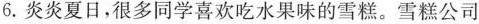
6.炎炎夏日，很多同学喜欢吃水果味的雪糕。雪糕公司